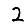
Digit: 2